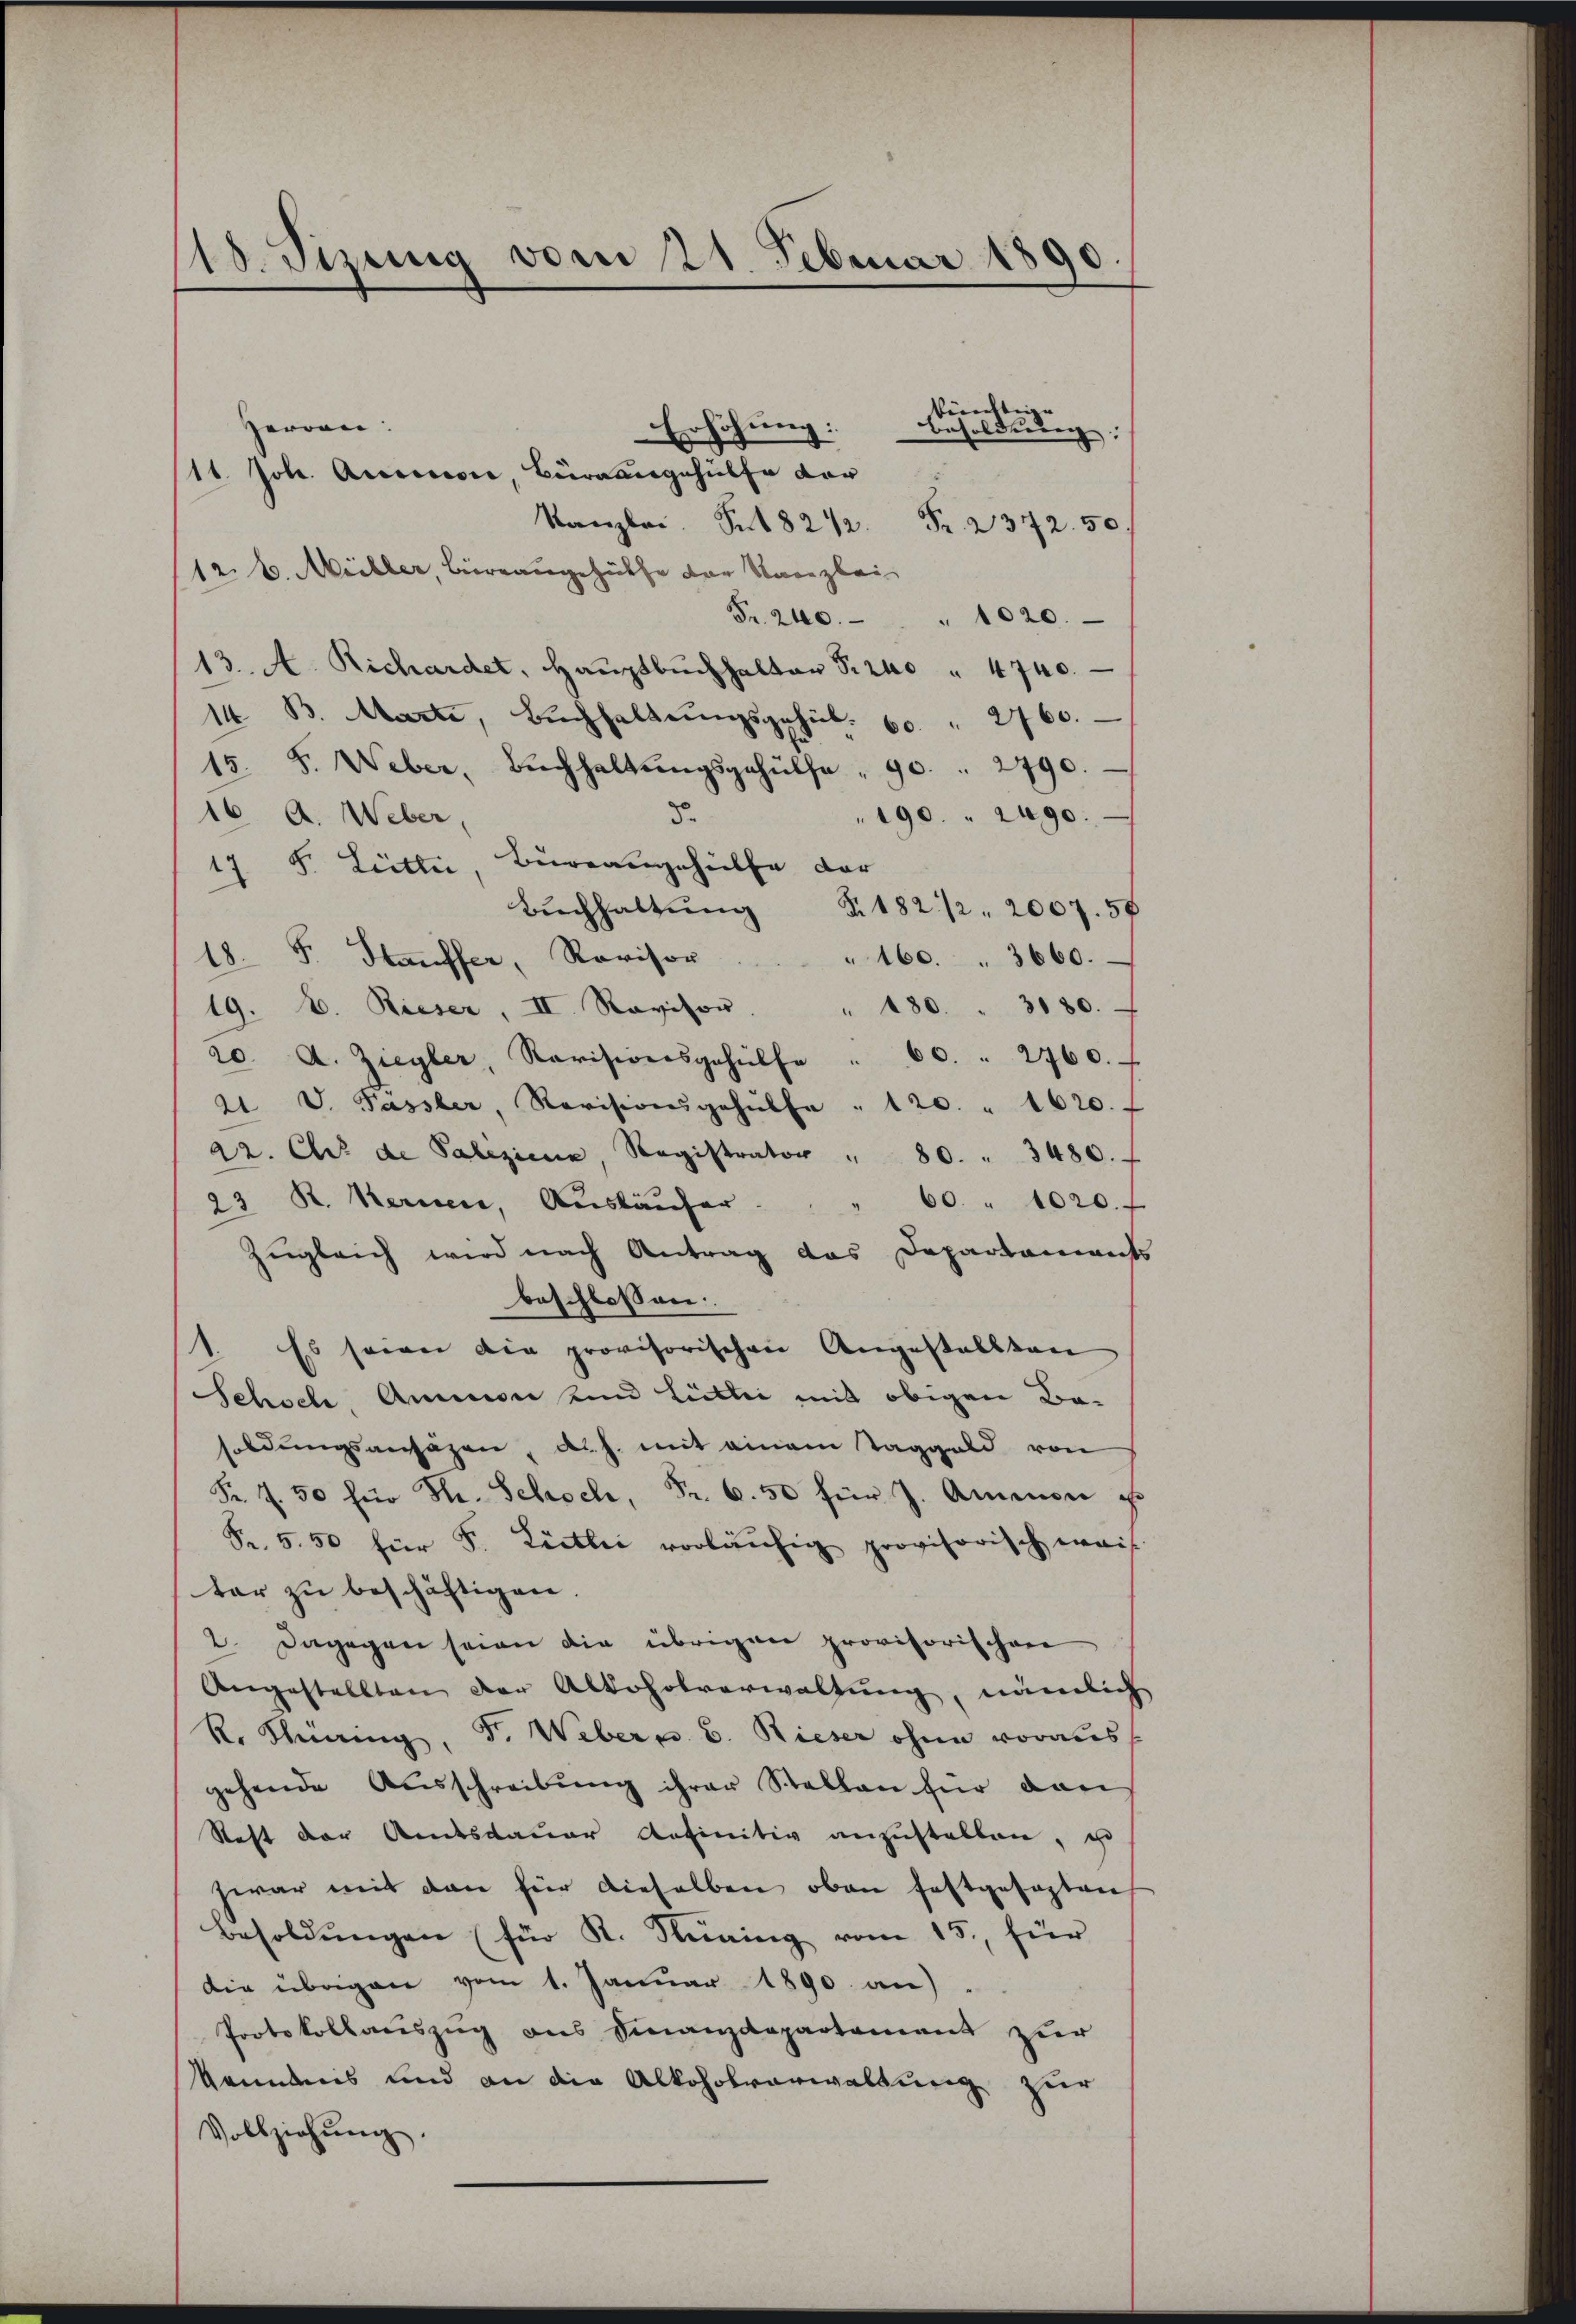
110. Sizung vom 21. Februar 1890.

Herren:
Erhöhung:
/11. Joh. Aussi, Büreausgehülfe vor
Kanzlei S. 18242.
Fr. 2372. 50
12. v. Müller, Birrangehülfe der Kanzlei
Fr. 240. " 1020.
13. A. Richardet, Haŭptbŭchhalter P. 240 " 4740.
14. B. Marti, Bŭchhaltungsgehül. 60. 2760.
15. F. Weber, Bŭchhaltŭngsgehülfe " 90. 2790.
16. A. Weber,
190. 2490.
5.
17 F. Lietlić, Büreangehülfe der
Bŭchhaltŭng §. 182 1/2 " 2007. 50
18. F. Hauffer, Revisor
160. 3660.
19. A. Rieser, II. Ravisor
" 180. " 3180.
20. A. Ziegler, Revisionsgehülfe " 60. " 2760.
21 V. Passler, Revisionsgehülfe " 120 " 1620.
a2. Chr de Paliziene, Registrator " 80. " 3480.
60 " 1020.
23 R. Kerner, Ausläufer
zugleich wird nach Antrag das Departaments
beschlossen:
1. Es seien die provisorischen Angestallten
Schoch, Ammon und Littei mit obigen Be-
soldungsansäzen, d. h. mit einem Taggeld von
Fr. 7. 50 für Hr. Schoch, Fr. 6. 50 für J. Amenon po
Fr. 550 für F. Lieblie vorläufig provisorisch weis
ter zu beschäftigen.
2. Dagegen seien die übrigen provisorischen
Angestellten der Alkoholverwaltung, nämlich
R. Thüring, F. Weber 6. Rieser ohne voraus
gehende Aŭsschreibŭng ihrer Stellen für dan
Reft der Amtsdauer definitiv anzustellen, zu
zwar mit den für dieselben oben festgesagten
Besoldŭngen (für K. Nüning vom 15. für
Die übrigen vom 1. Januar 1890. an
Protokollauszug aus Finanzdepartament zur
kenntnis und an die Alkoholverwaltung zur
Vollziehŭng.

bürchten |

Besolderung,